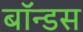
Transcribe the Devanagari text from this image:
बॉन्डस